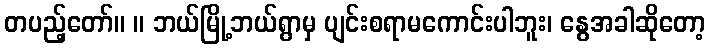
တပည့်တော်။ ။ ဘယ်မြို့ဘယ်ရွာမှ ပျင်းစရာမကောင်းပါဘူး၊ နွေအခါဆိုတော့